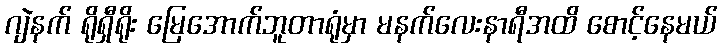
ဂျဲနက် ရိုရှီရိုး မြေအောက်ဘူတာရုံမှာ မနက်လေးနာရီအထိ စောင့်နေမယ်